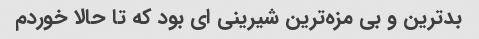
بدترین و بی مزه‌ترین شیرینی ای بود که تا حالا خوردم